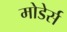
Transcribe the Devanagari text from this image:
मोडेर्स